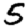
Digit: 5